Lunatic asylums Central Provinces reports 1874-1885 - 1874-1885
Year: 1874
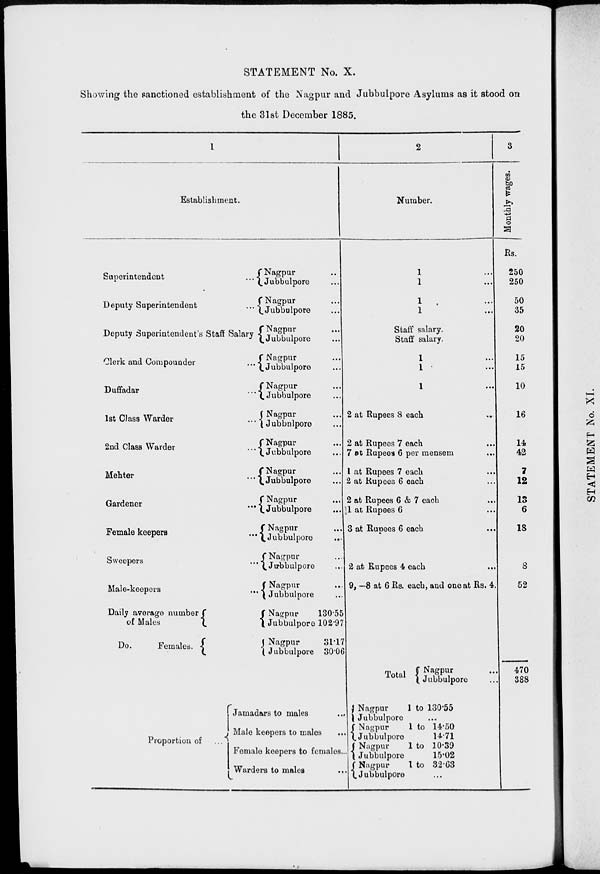
STATEMENT No. X.
Showing the sanctioned establishment of the Nagpur and Jubbulpore Asylums as it stood on
the 31st December 1885.
1
Establishment.
Superintendent ...
Deputy Superintendent ...
Deputy Superintendent's Staff Salary
Clerk and Compounder ...
Duffadar ...
1st Class Warder ...
2nd Class Warder ...
Mehter ...
Gardener
...
Female keepers ...
Sweepers ...
Male-keepers ...
Daily average number
of Males
Do.
Females.
Nagpur
...
Jubbulpore
...
Nagpur
...
Jubbulpore...
Nagpur
...
Jubbulpore
...
Nagpur
...
Jubbulpore
...
Nagpur
...
Jubbulpore
...
Nagpur
...
Jubbulpore...
Nagpur...
Jubbulpore
...
Nagpur
...
Jubbulpore...
Nagpur...
Jubbulpore...
Nagpur
...
Jubbulpore
...
Nagpur ...
Jubbulpore...
Nagpur...
Jubbulpore
...
Nagpur ...
Jubbulpore ...
Nagpur ...
Jubbulpore ...
130.55
102.97
31.17
30.06
Proportion of
...
Jamadars
to males ...
Male keepers to males
...
Female
keepers to females...
Warders
to males
...
2
Number.
1 ...
1 ...
1 ...
1 ...
Staff salary.
Staff salary.
1 ...
1 ...
1 ...
2 at Rupees 8 each ...
2 at Rupees 7 each ...
7 at Rupees 6 per mensem ...
1 at Rupees 7 each ...
2 at Rupees 6 each ...
2 at Rupees 6 & 7 each ...
1 at Rupees 6 ...
3 at Rupees 6 each
...
2 at Rupees 4 each ...
9, —8 at 6 Rs. each, and one at Rs. 4.
Total
Nagpur
Jubbulpore
Nagpur
Jubbulpore
Nagpur
Jubbulpore
Nagpur
Jubbulpore
Nagpur ...
Jubbulpore ...
1 to 130.55
...
1 to 14.50
14.71
1 to 10.39
15.02
1 to 32.63
...
3
Monthly wages.
Rs.
250
250
50
35
20
20
15
15
10
16
14
42
7
12
13
6
18
8
52
470
388